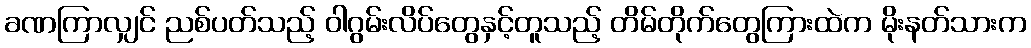
ခဏကြာလျှင် ညစ်ပတ်သည့် ဝါဂွမ်းလိပ်တွေနှင့်တူသည့် တိမ်တိုက်တွေကြားထဲက မိုးနတ်သားက